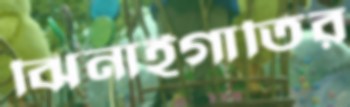
ঝিনাইগাতির